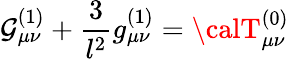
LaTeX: \mathcal{G}_{\mu\nu}^{(1)}+\frac{{3}}{{l^{2}}}g_{\mu\nu}^{(1)}={\calT}_{\mu\nu}^{(0)}